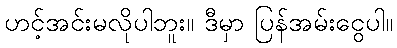
ဟင့်အင်းမလိုပါဘူး။ ဒီမှာ ပြန်အမ်းငွေပါ။